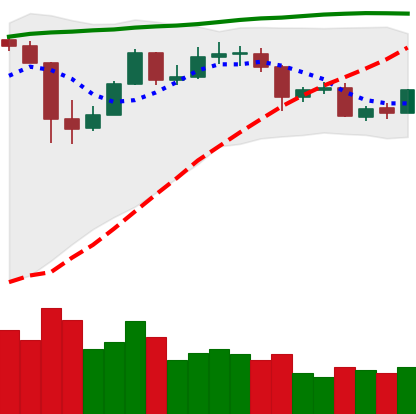
Ticker: BTC-USD
Chart end date: 2020-05-27
Forward return: 10.742%
Label: up_7plus